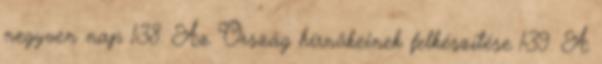
negyven nap 138. Az Ország hírnökeinek felkészítése 139. A